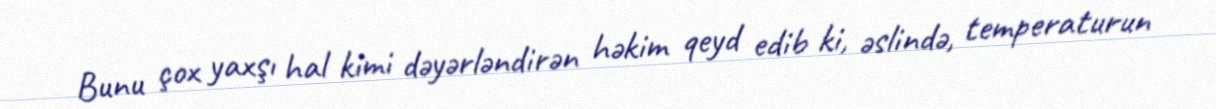
Bunu çox yaxşı hal kimi dəyərləndirən həkim qeyd edib ki, əslində, temperaturun